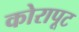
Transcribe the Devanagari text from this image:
कोरापूट